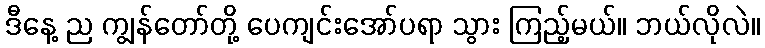
ဒီနေ့ ည ကျွန်တော်တို့ ပေကျင်းအော်ပရာ သွား ကြည့်မယ်။ ဘယ်လိုလဲ။